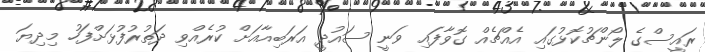
ރައީސްގެ ލޯންޗުކޮޅުގައި އެއްޗެއް ގޮވާފައި ވަނީ ސައުދީ އަރަބިއާއަށް ކުރެއްވި ދަތުރުފުޅަށްފަހު މިދިޔަ